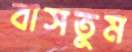
বাসতুম